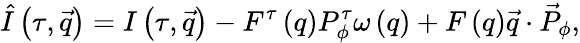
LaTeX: \hat{I}\left(\tau,\vec{q}\right)=I\left(\tau,\vec{q}\right)-F^{\tau}\left(q\right)P_{\phi}^{\tau}\omega\left(q\right)+F\left(q\right)\vec{q}\cdot{\vec{P}}_{\phi},